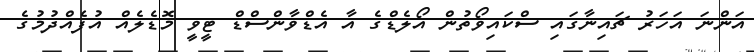
އަންނަ އަހަރު ޗައިނާގައި ސްކައިވޯތުން އޯލެޑްގެ އާ އެޑްވާންސްޑް ޓީވީ މޮޑެލެއް އުފެއްދުމުގެ